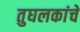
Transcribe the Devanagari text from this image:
तुघलकांचे